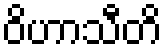
ဝိဟာသီတိ